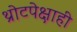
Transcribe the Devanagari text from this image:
थ्रोटपेक्षाही